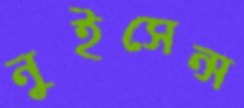
নুইসেন্স